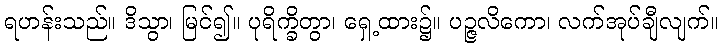
ရဟန်းသည်။ ဒိသွာ၊ မြင်၍။ ပုရိက္ခိတွာ၊ ရှေ့ထား၌။ ပဉ္ဇလိကော၊ လက်အုပ်ချီလျက်။